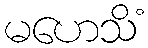
မဟေသိံ